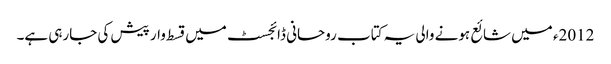
2012ء میں شائع ہونے والی یہ کتاب روحانی ڈائجسٹ میں قسط وار پیش کی جارہی ہے۔